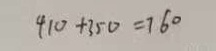
4 1 0 + 3 5 0 = 7 6 0